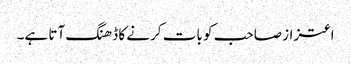
اعتزاز صاحب کو بات کرنے کا ڈھنگ آتا ہے۔